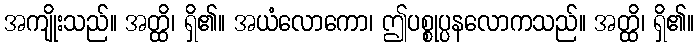
အကျိုးသည်။ အတ္ထိ၊ ရှိ၏။ အယံလောကော၊ ဤပစ္စုပ္ပနလောကသည်။ အတ္ထိ၊ ရှိ၏။